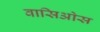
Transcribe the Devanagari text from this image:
वासिओस